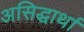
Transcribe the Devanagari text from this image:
असिद्धार्था